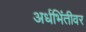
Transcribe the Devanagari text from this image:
अर्धभिंतीवर